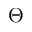
\Theta